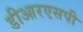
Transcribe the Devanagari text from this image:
डीआरएसपी